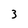
Character: 3